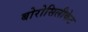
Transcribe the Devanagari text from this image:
बोरोसिलीकेट